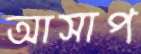
আসাপ